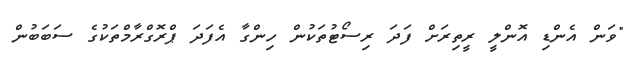
"ވަން އެންޑި އޮންލީ ރީތިރަށް ފަދަ ރިސޯޓުތަކުން ހިންގާ އެފަދަ ޕްރޮގްރާމްތަކުގެ ސަބަބުން